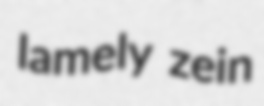
lamely zein